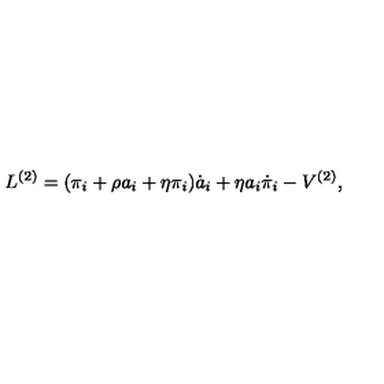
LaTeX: L ^ { ( 2 ) } = ( \pi _ { i } + \rho a _ { i } + \eta \pi _ { i } ) \dot { a } _ { i } + \eta a _ { i } \dot { \pi } _ { i } - V ^ { ( 2 ) } ,